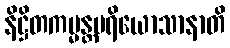
နိဋ္ဌိတကမ္မန္တပရိယောသာနာတိ